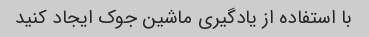
با استفاده از یادگیری ماشین جوک ایجاد کنید